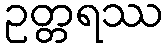
ဥတ္တရဿ